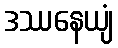
ဒဿနေယျံ